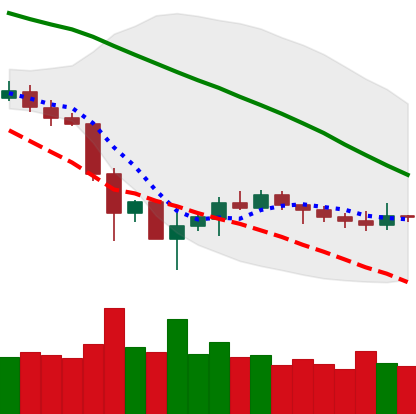
Ticker: ETH-USD
Chart end date: 2019-12-06
Forward return: -3.744%
Label: down_3_5